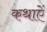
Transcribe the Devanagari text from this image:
कथाऐं